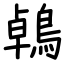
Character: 鵫